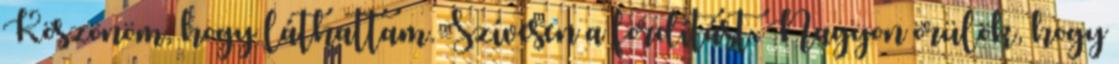
Köszönöm, hogy láthattam. Szívesen a fordítást. Nagyon örülök, hogy